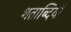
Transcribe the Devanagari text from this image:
शताब्‍दियों